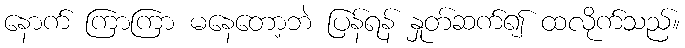
နောက် ကြာကြာ မနေတော့ဘဲ ပြန်ရန် နှုတ်ဆက်၍ ထလိုက်သည်။